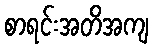
စာရင်းအတိအကျ